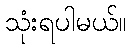
သုံးရပါမယ်။